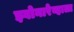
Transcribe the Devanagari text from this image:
झ्वोनारेव्हाला